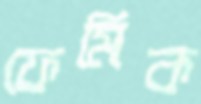
ফেমিক